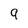
Character: 9